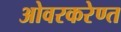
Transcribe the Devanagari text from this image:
ओवरकरेण्त